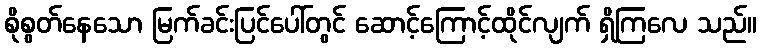
စိုစွတ်နေသော မြက်ခင်းပြင်ပေါ်တွင် ဆောင့်ကြောင့်ထိုင်လျက် ရှိကြလေ သည်။